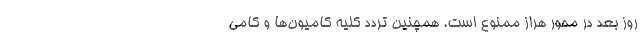
روز بعد در محور هراز ممنوع است. همچنین تردد کلیه کامیون‌ها و کامی